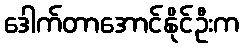
ဒေါက်တာအောင်နိုင်ဦးက